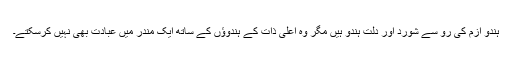
ہندو ازم کی رو سے شورد اور دلت ہندو ہیں مگر وہ اعلیٰ ذات کے ہندوؤں کے ساتھ ایک مندر میں عبادت بھی نہیں کرسکتے۔